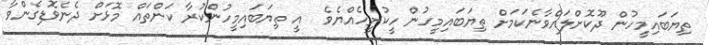
ތިޔަބައިމީހުން ދޫކޮށްލައްވާނެކަމަށް ތިޔަބައިމީހުން ހީކުރީހެއްޔެވެ  އީ ތިޔަބައިމީހުންކުރާ ކަންތައް މޮޅަށް ދެނެވޮޑިގެންވާ